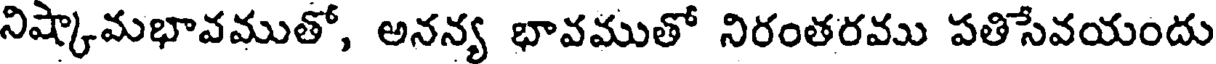
నిష్కామభావముతో, అనన్య భావముతో నిరంతరము పతిసేవయందు